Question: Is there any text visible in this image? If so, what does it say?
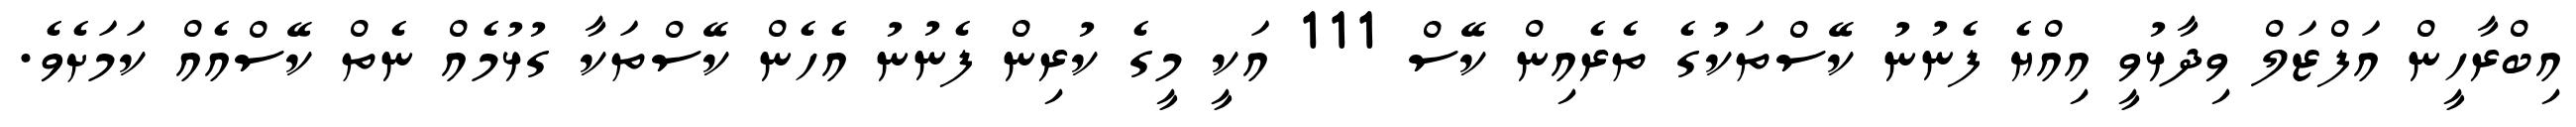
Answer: އިބްރާހީން އަފްޒަލް ވިދާޅުވީ އިއްޔެ ފެނުނު ކޭސްތަކުގެ ތެރެއިން ކޭސް 111 އަކީ މީގެ ކުރިން ފެނުނު އެހެން ކޭސްތަކާ ގުޅުމެއް ނެތް ކޭސްއެއް ކަމަށެވެ.